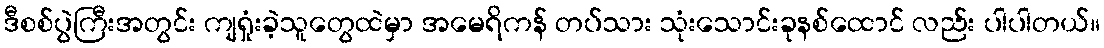
ဒီစစ်ပွဲကြီးအတွင်း ကျရှုံးခဲ့သူတွေထဲမှာ အမေရိကန် တပ်သား သုံးသောင်းခုနစ်ထောင် လည်း ပါပါတယ်။